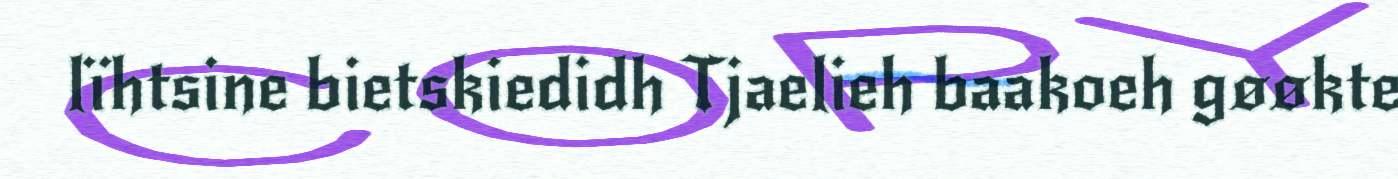
lïhtsine bietskiedidh Tjaelieh baakoeh gøøkte